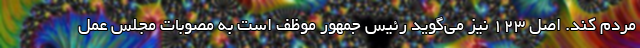
مردم کند. اصل 123 نیز می‌گوید رئیس جمهور موظف است به مصوبات مجلس عمل